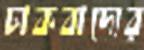
ঢাকবাদ্যের